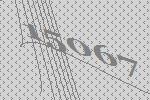
15067